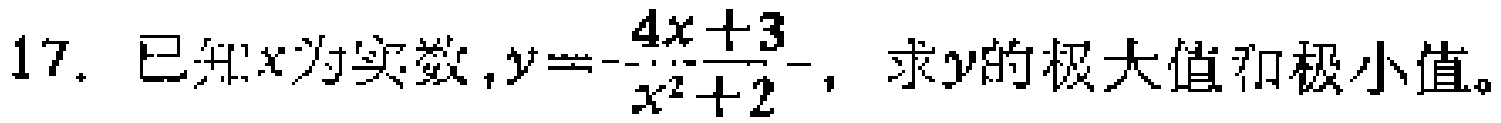
17. 已知\(x\)为实数，\(y = -\frac{4x + 3}{x^{2}+2}\)，求\(y\)的极大值和极小值。